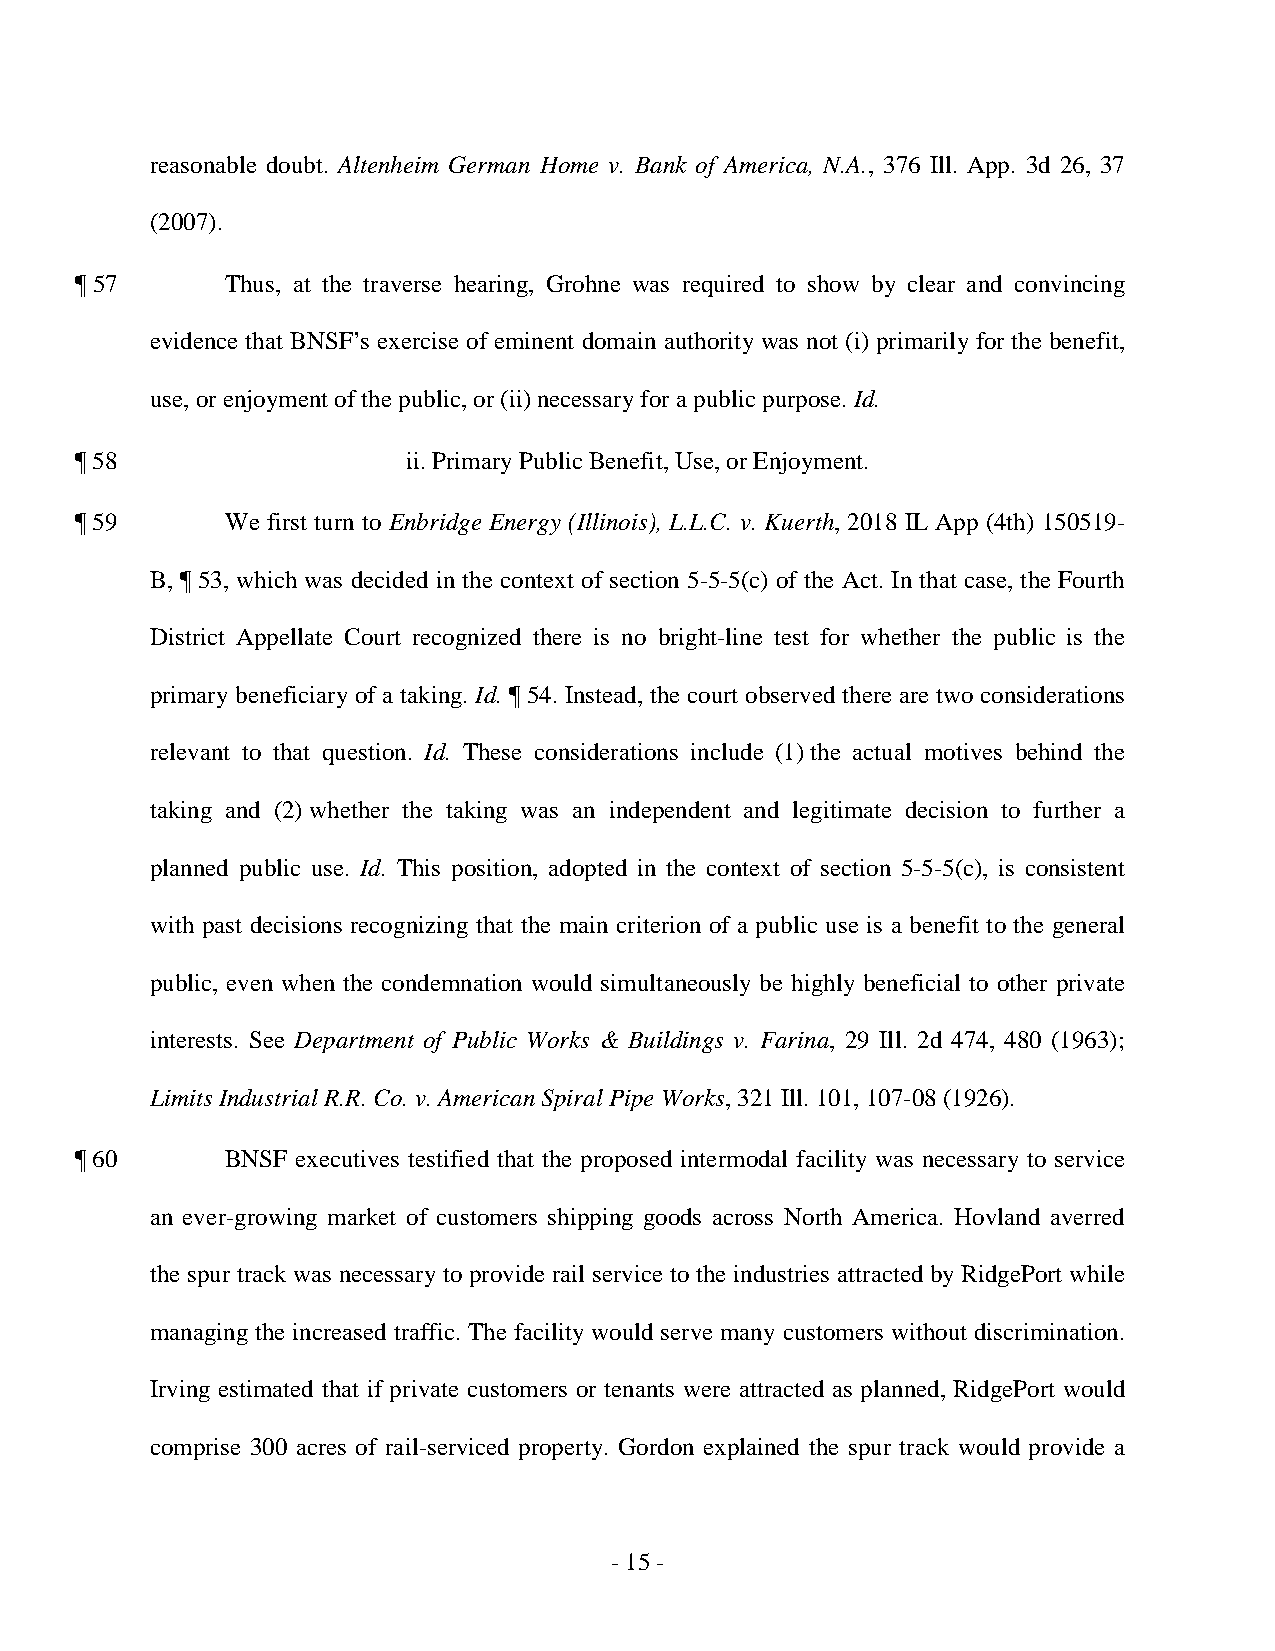
reasonable doubt. Altenheim German Home v. Bank of America, N.A., 376 Ill. App. 3d 26, 37
 (2007).
 ¶ 57      Thus, at the traverse hearing, Grohne was required to show by clear and convincing
 evidence that BNSF’s exercise of eminent domain authority was not (i) primarily for the benefit,
 use, or enjoyment of the public, or (ii) necessary for a public purpose. Id.
 ¶ 58                  ii. Primary Public Benefit, Use, or Enjoyment.
 ¶ 59      We first turn to Enbridge Energy (Illinois), L.L.C. v. Kuerth, 2018 IL App (4th) 150519-
 B, ¶ 53, which was decided in the context of section 5-5-5(c) of the Act. In that case, the Fourth
 District Appellate Court recognized there is no bright-line test for whether the public is the
 primary beneficiary of a taking. Id. ¶ 54. Instead, the court observed there are two considerations
 relevant to that question. Id. These considerations include (1) the actual motives behind the
 taking and (2) whether the taking was an independent and legitimate decision to further a
 planned public use. Id. This position, adopted in the context of section 5-5-5(c), is consistent
 with past decisions recognizing that the main criterion of a public use is a benefit to the general
 public, even when the condemnation would simultaneously be highly beneficial to other private
 interests. See Department of Public Works & Buildings v. Farina, 29 Ill. 2d 474, 480 (1963);
 Limits Industrial R.R. Co. v. American Spiral Pipe Works, 321 Ill. 101, 107-08 (1926).
 ¶ 60      BNSF executives testified that the proposed intermodal facility was necessary to service
 an ever-growing market of customers shipping goods across North America. Hovland averred
 the spur track was necessary to provide rail service to the industries attracted by RidgePort while
 managing the increased traffic. The facility would serve many customers without discrimination.
 Irving estimated that if private customers or tenants were attracted as planned, RidgePort would
 comprise 300 acres of rail-serviced property. Gordon explained the spur track would provide a
 - 1 5 ­